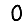
Digit: 0